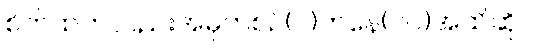
စိတ်ထဲကလည်းအမှတ်စဉ်(၁)ကနေ(၁၀)အထိဆိုပါ။